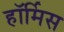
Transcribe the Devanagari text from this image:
हॉर्मिस